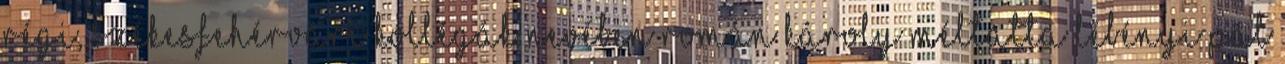
régi, székesfehérvári kollégák nevében Román Károly méltatta Lébényi Pál